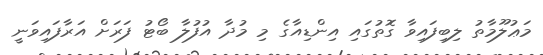
މަޢުލޫމާތު ލިބިފައިވާ ގޮތުގައި އިންޑިއާގެ މި މުދާ އުފުލާ ބޯޓު ފަރަށް އަރާފައިވަނީ